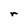
Character: r